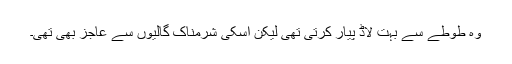
وہ طوطے سے بہت لاڈ پیار کرتی تھی لیکن اسکی شرمناک گالیوں سے عاجز بھی تھی۔